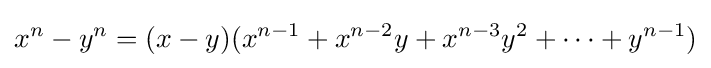
x^{n}-y^{n}=(x-y)(x^{n-1}+x^{n-2}y+x^{n-3}y^{2}+\dots +y^{n-1})